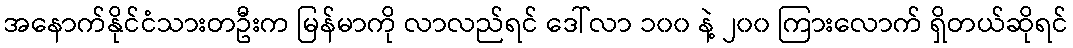
အနောက်နိုင်ငံသားတဦးက မြန်မာကို လာလည်ရင် ဒေါ်လာ ၁၀၀ နဲ့ ၂၀၀ ကြားလောက် ရှိတယ်ဆိုရင်